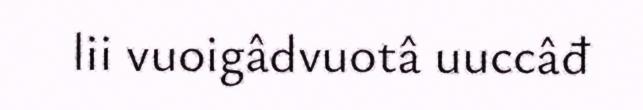
lii vuoigâdvuotâ uuccâđ